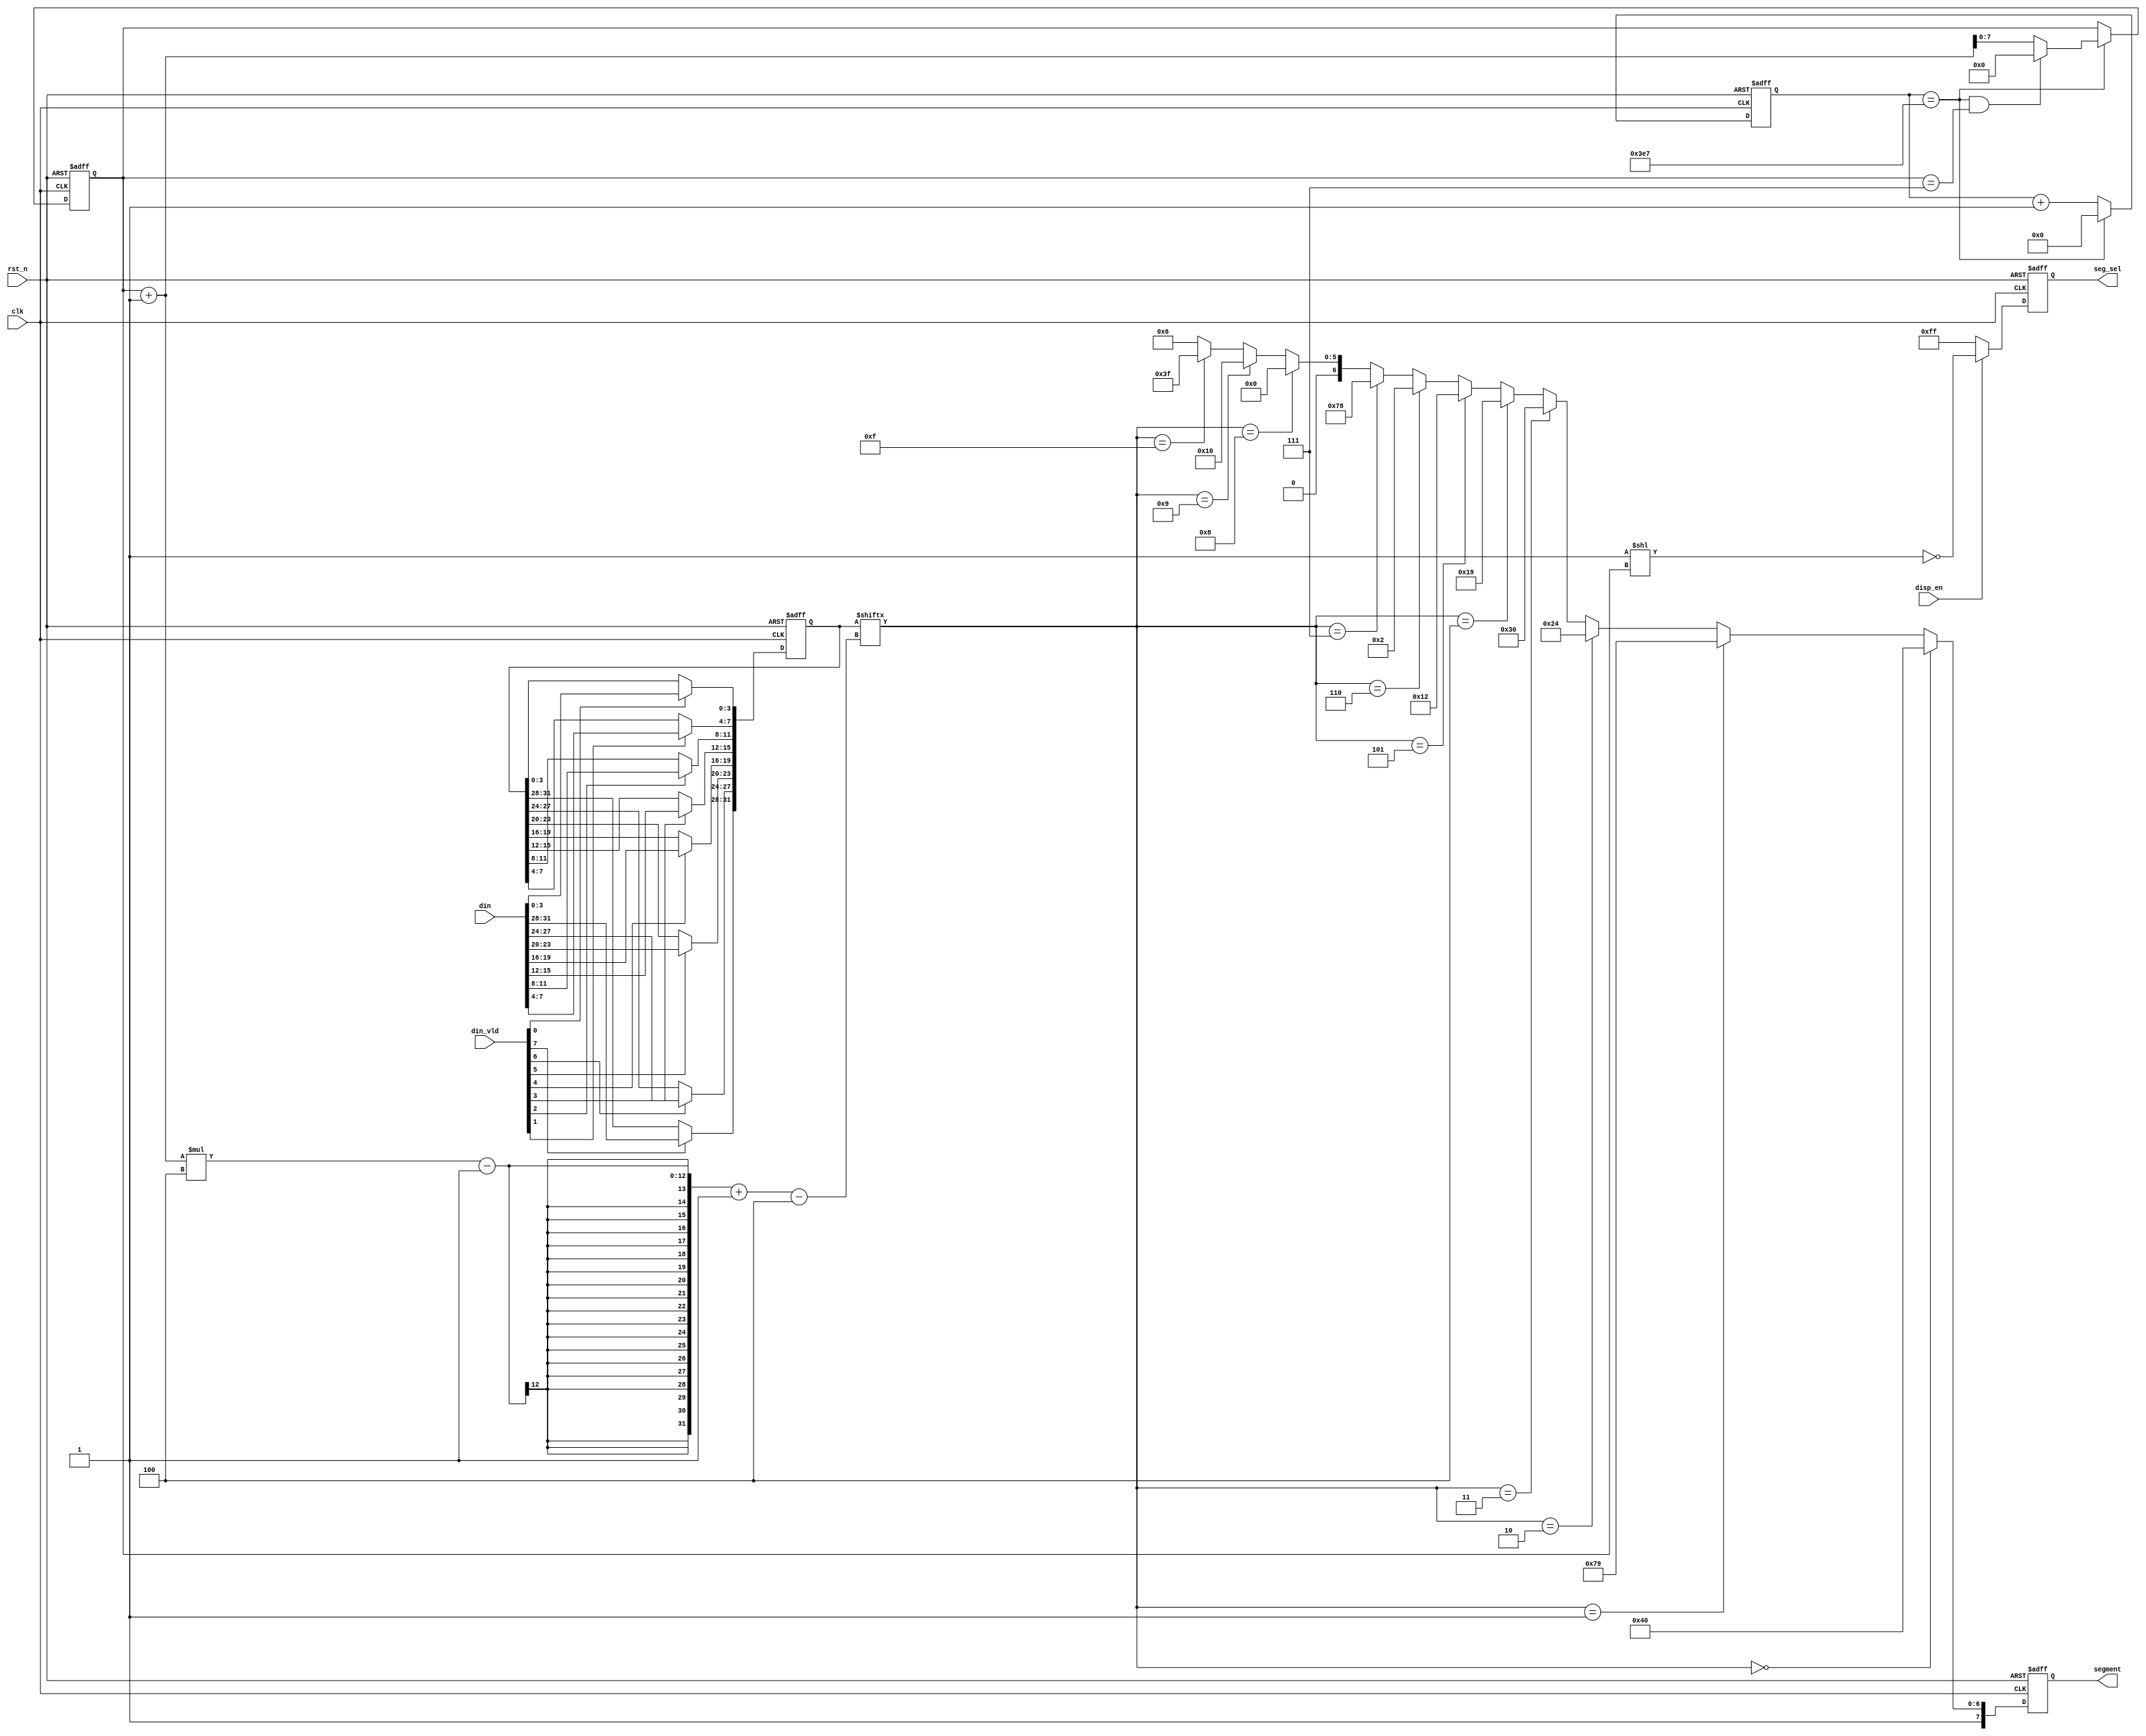
/*********www.mdy-edu.com  ****************
0112910


clk               : 50MHz
rst_n             : 
seg_sel        : 
segment       : 8a,b,c,d,e,f,g,01
**********www.mdy-edu.com  ****************/

module  seg_disp(rst_n       ,
                 clk         ,
                 disp_en     ,
                 din         ,
                 din_vld     ,
                 seg_sel     ,
                 segment      
             );

/*********www.mdy-edu.com  ****************
verilog

**********www.mdy-edu.com  ****************/

parameter  SEG_WID        =       8;
parameter  SEG_NUM        =       8;
parameter  COUNT_WID      =       26;
parameter  TIME_20US      =       20'd1000;

 
parameter  NUM_0          =       8'b1100_0000;
parameter  NUM_1          =       8'b1111_1001;
parameter  NUM_2          =       8'b1010_0100;
parameter  NUM_3          =       8'b1011_0000;
parameter  NUM_4          =       8'b1001_1001;
parameter  NUM_5          =       8'b1001_0010;
parameter  NUM_6          =       8'b1000_0010;
parameter  NUM_7          =       8'b1111_1000;
parameter  NUM_8          =       8'b1000_0000;
parameter  NUM_9          =       8'b1001_0000;
parameter  NUM_F          =       8'b1011_1111;
parameter  NUM_ERR        =       8'b1000_0110;


input                             clk       ;
input                             rst_n     ;
input                             disp_en   ;
input  [SEG_NUM*4-1:0]            din       ;
input  [SEG_NUM-1:0]              din_vld   ;
output [SEG_NUM-1:0]              seg_sel   ;
output [SEG_WID-1:0]              segment   ;

reg    [SEG_NUM-1:0]              seg_sel   ;
reg    [SEG_WID-1:0]              segment   ;
reg    [COUNT_WID-1:0]            cnt0      ;
wire                              add_cnt0  ;
wire                              end_cnt0  ;
reg    [SEG_NUM-1:0]              cnt1      ;
wire                              add_cnt1  ;
wire                              end_cnt1  ;
reg    [4*SEG_NUM-1:0]            din_ff0   ;
reg    [        4-1:0]            seg_tmp   ;
wire                              flag_20us ;
integer                           ii        ;


always @(posedge clk or negedge rst_n)begin
    if(!rst_n)begin
        cnt0 <= 0;
    end
    else if(add_cnt0)begin
        if(end_cnt0)
            cnt0 <= 0;
        else
            cnt0 <= cnt0 + 1;
    end
end

assign add_cnt0 = 1;
assign end_cnt0 = add_cnt0 && cnt0==TIME_20US-1 ;

always @(posedge clk or negedge rst_n)begin 
    if(!rst_n)begin
        cnt1 <= 0;
    end
    else if(add_cnt1)begin
        if(end_cnt1)
            cnt1 <= 0;
        else
            cnt1 <= cnt1 + 1;
    end
end

assign add_cnt1 = end_cnt0;
assign end_cnt1 = add_cnt1 && cnt1==SEG_NUM-1 ;

always  @(posedge clk or negedge rst_n)begin
    if(rst_n==1'b0)begin
        seg_sel <= {SEG_NUM{1'b1}};
    end
    else if(disp_en)
        seg_sel <= ~(1'b1 << cnt1);
    else 
        seg_sel <= {SEG_NUM{1'b1}};
end

always  @(posedge clk or negedge rst_n)begin
    if(rst_n==1'b0)begin
        din_ff0 <= 0;
    end
    else begin
        for(ii=0;ii<SEG_NUM;ii=ii+1)begin
            if(din_vld[ii]==1'b1)begin
                din_ff0[(ii+1)*4-1 -:4] <= din[(ii+1)*4-1 -:4];
            end
            else begin
                din_ff0[(ii+1)*4-1 -:4] <= din_ff0[(ii+1)*4-1 -:4];
            end
        end
    end
end

always  @(*)begin
    seg_tmp = din_ff0[(cnt1+1)*4-1 -:4]; 
end


always@(posedge clk or negedge rst_n)begin
    if(rst_n==1'b0)begin
        segment<=NUM_0;
    end
    else if(seg_tmp==0)begin
          segment<=NUM_0;
    end
    else if(seg_tmp==1)begin
          segment<=NUM_1;
     end
    else if(seg_tmp==2)begin
          segment<=NUM_2;
    end
    else if(seg_tmp==3)begin
          segment<=NUM_3;
    end
    else if(seg_tmp==4)begin
          segment<=NUM_4;
    end
    else if(seg_tmp==5)begin
          segment<=NUM_5;
    end
    else if(seg_tmp==6)begin
          segment<=NUM_6;
    end
    else if(seg_tmp==7)begin
          segment<=NUM_7;
    end
    else if(seg_tmp==8)begin
          segment<=NUM_8;
    end
    else if(seg_tmp==9)begin
          segment<=NUM_9;
    end
    else if(seg_tmp==4'hf)begin
          segment<=NUM_F;
    end
    else begin
        segment<=NUM_ERR;    
    end
end

endmodule